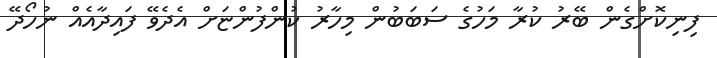
ފިނިކޮށްގެން ބޭރު ކުރާ މަހުގެ ސަބަބުން މިހާރު ކުންފުންޏަށް އެދެވޭ ފައިދާއެއް ނުހޯދޭ